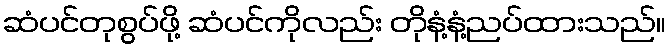
ဆံပင်တုစွပ်ဖို့ ဆံပင်ကိုလည်း တိုနံ့နံ့ညပ်ထားသည်။